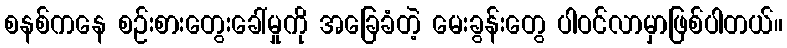
စနစ်ကနေ စဉ်းစားတွေးခေါ်မှုကို အခြေခံတဲ့ မေးခွန်းတွေ ပါဝင်လာမှာဖြစ်ပါတယ်။